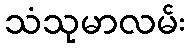
သံသုမာလမ်း